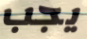
يجب